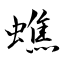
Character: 蟭